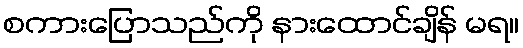
စကားပြောသည်ကို နားထောင်ချိန် မရ။